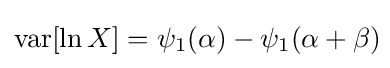
\operatorname {var} [\ln X]=\psi _{1}(\alpha )-\psi _{1}(\alpha +\beta )\!